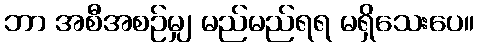
ဘာ အစီအစဉ်မျှ မည်မည်ရရ မရှိသေးပေ။